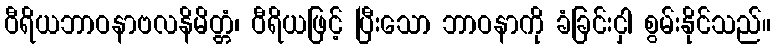
ဝီရိယဘာဝနာဗလနိမိတ္တံ၊ ဝီရိယဖြင့် ပြီးသော ဘာဝနာကို ခံခြင်းငှါ စွမ်းနိုင်သည်။